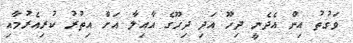
ވަގުތު އިން އެދެނީ ދިހޫ އަދި ދިހޫގެ އާއިލާ އަށް އިތުރު ކުރިއެރުމާއި